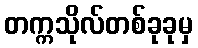
တက္ကသိုလ်တစ်ခုခုမှ